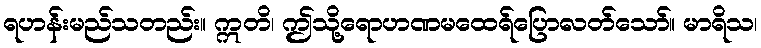
ရဟန်းမည်သတည်း။ ဣတိ၊ ဤသို့ရောဟဏမထေရ်ပြောလတ်သော်။ မာရိသ၊